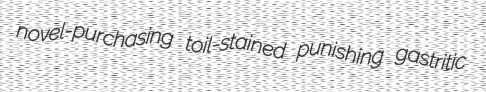
novel-purchasing toil-stained punishing gastritic